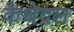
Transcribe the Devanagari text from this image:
कैथेद्रल